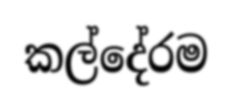
කල්දේරම